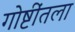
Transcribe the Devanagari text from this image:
गोष्टींतला